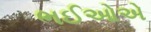
ભઈઓએ